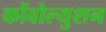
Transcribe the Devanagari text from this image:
कोंवोल्युशन